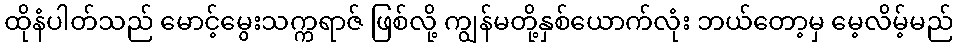
ထိုနံပါတ်သည် မောင့်မွေးသက္ကရာဇ် ဖြစ်လို့ ကျွန်မတို့နှစ်ယောက်လုံး ဘယ်တော့မှ မေ့လိမ့်မည်